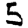
Digit: 5